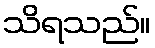
သိရသည်။